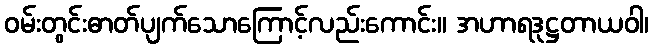
ဝမ်းတွင်းဓာတ်ပျက်သောကြောင့်လည်းကောင်း။ အဟာရဒုဋ္ဌတာယဝါ၊